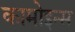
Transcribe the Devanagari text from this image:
कामोइन्स